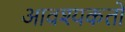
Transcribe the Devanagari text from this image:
आवश्यकतों